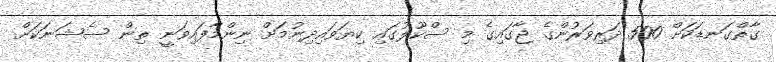
ގާތްގަނޑަކަށް 500 ދަރިވަރުންގެ ޖާގައިގެ މި ސްކޫލުގައި ކިޔަވައިދިނުމަށް ނިންމާފައިވަނީ ތިން ސެޝަނަކަށް